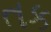
તક